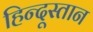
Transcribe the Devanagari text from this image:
हिन्दूस्तान